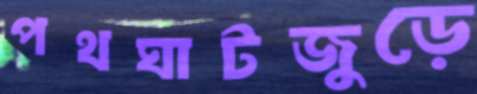
পথঘাটজুড়ে